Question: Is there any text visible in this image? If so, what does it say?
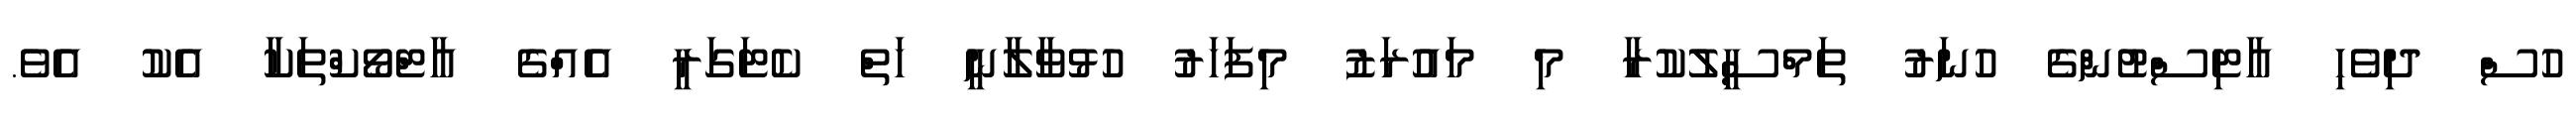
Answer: ހުސް ދިވެހި އާޓިސްޓުންގެ ހުނަރު ތަމްސީލުކުރާ މި މައުރަޒު މިފަހަރު ހުޅުވާލާނީ ހަތް ކެޓަގަރީ އެއްގެ އާޓްވޯކްތަކާ އެކު އެވެ.